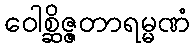
ဝေါစ္ဆိဇ္ဇတာရမ္မဏံ